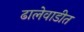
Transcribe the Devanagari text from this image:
ढालेवाडीत